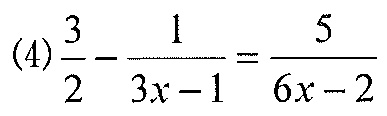
\((4)\frac{3}{2}-\frac{1}{3x - 1}=\frac{5}{6x - 2}\)